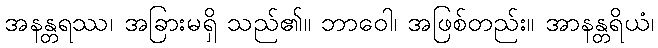
အနန္တရဿ၊ အခြားမရှိ သည်၏။ ဘာဝေါ၊ အဖြစ်တည်း။ အာနန္တရိယံ၊